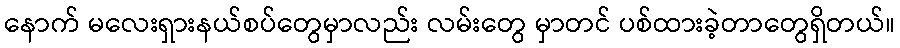
နောက် မလေးရှားနယ်စပ်တွေမှာလည်း လမ်းတွေ မှာတင် ပစ်ထားခဲ့တာတွေရှိတယ်။